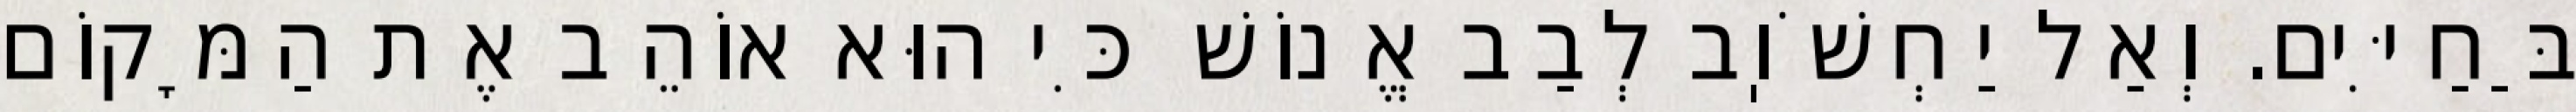
בַּחַיִּים. וְאַל יַחְשֹׁוֽב לְבַב אֱנוֹשׁ כִּי הוּא אוֹהֵב אֶת הַמָּקוֹם